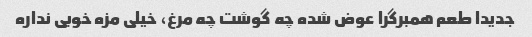
جدیدا طعم همبرگرا عوض شده چه گوشت چه مرغ، خیلی مزه خوبی نداره